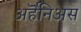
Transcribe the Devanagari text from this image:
अर्हॆनिअस